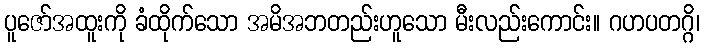
ပူဇော်အထူးကို ခံထိုက်သော အမိအဘတည်းဟူသော မီးလည်းကောင်း။ ဂဟပတဂ္ဂိ၊